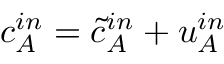
c _ { A } ^ { i n } = \tilde { c } _ { A } ^ { i n } + u _ { A } ^ { i n }